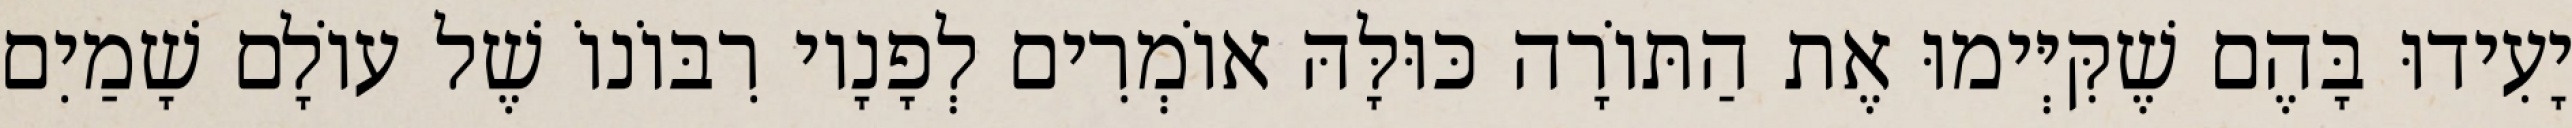
יָעִידוּ בָּהֶם שֶׁקִּיְּימוּ אֶת הַתּוֹרָה כּוּלָּהּ אוֹמְרִים לְפָנָיו רִבּוֹנוֹ שֶׁל עוֹלָם שָׁמַיִם